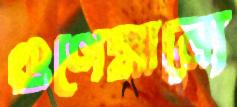
গুণেমান্যে